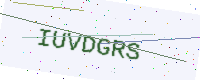
Text: IUVDGRS